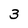
Character: 3